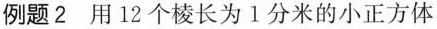
例题2 用 12 个棱长为 1 分米的小正方体